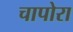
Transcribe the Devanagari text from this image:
चापोरा